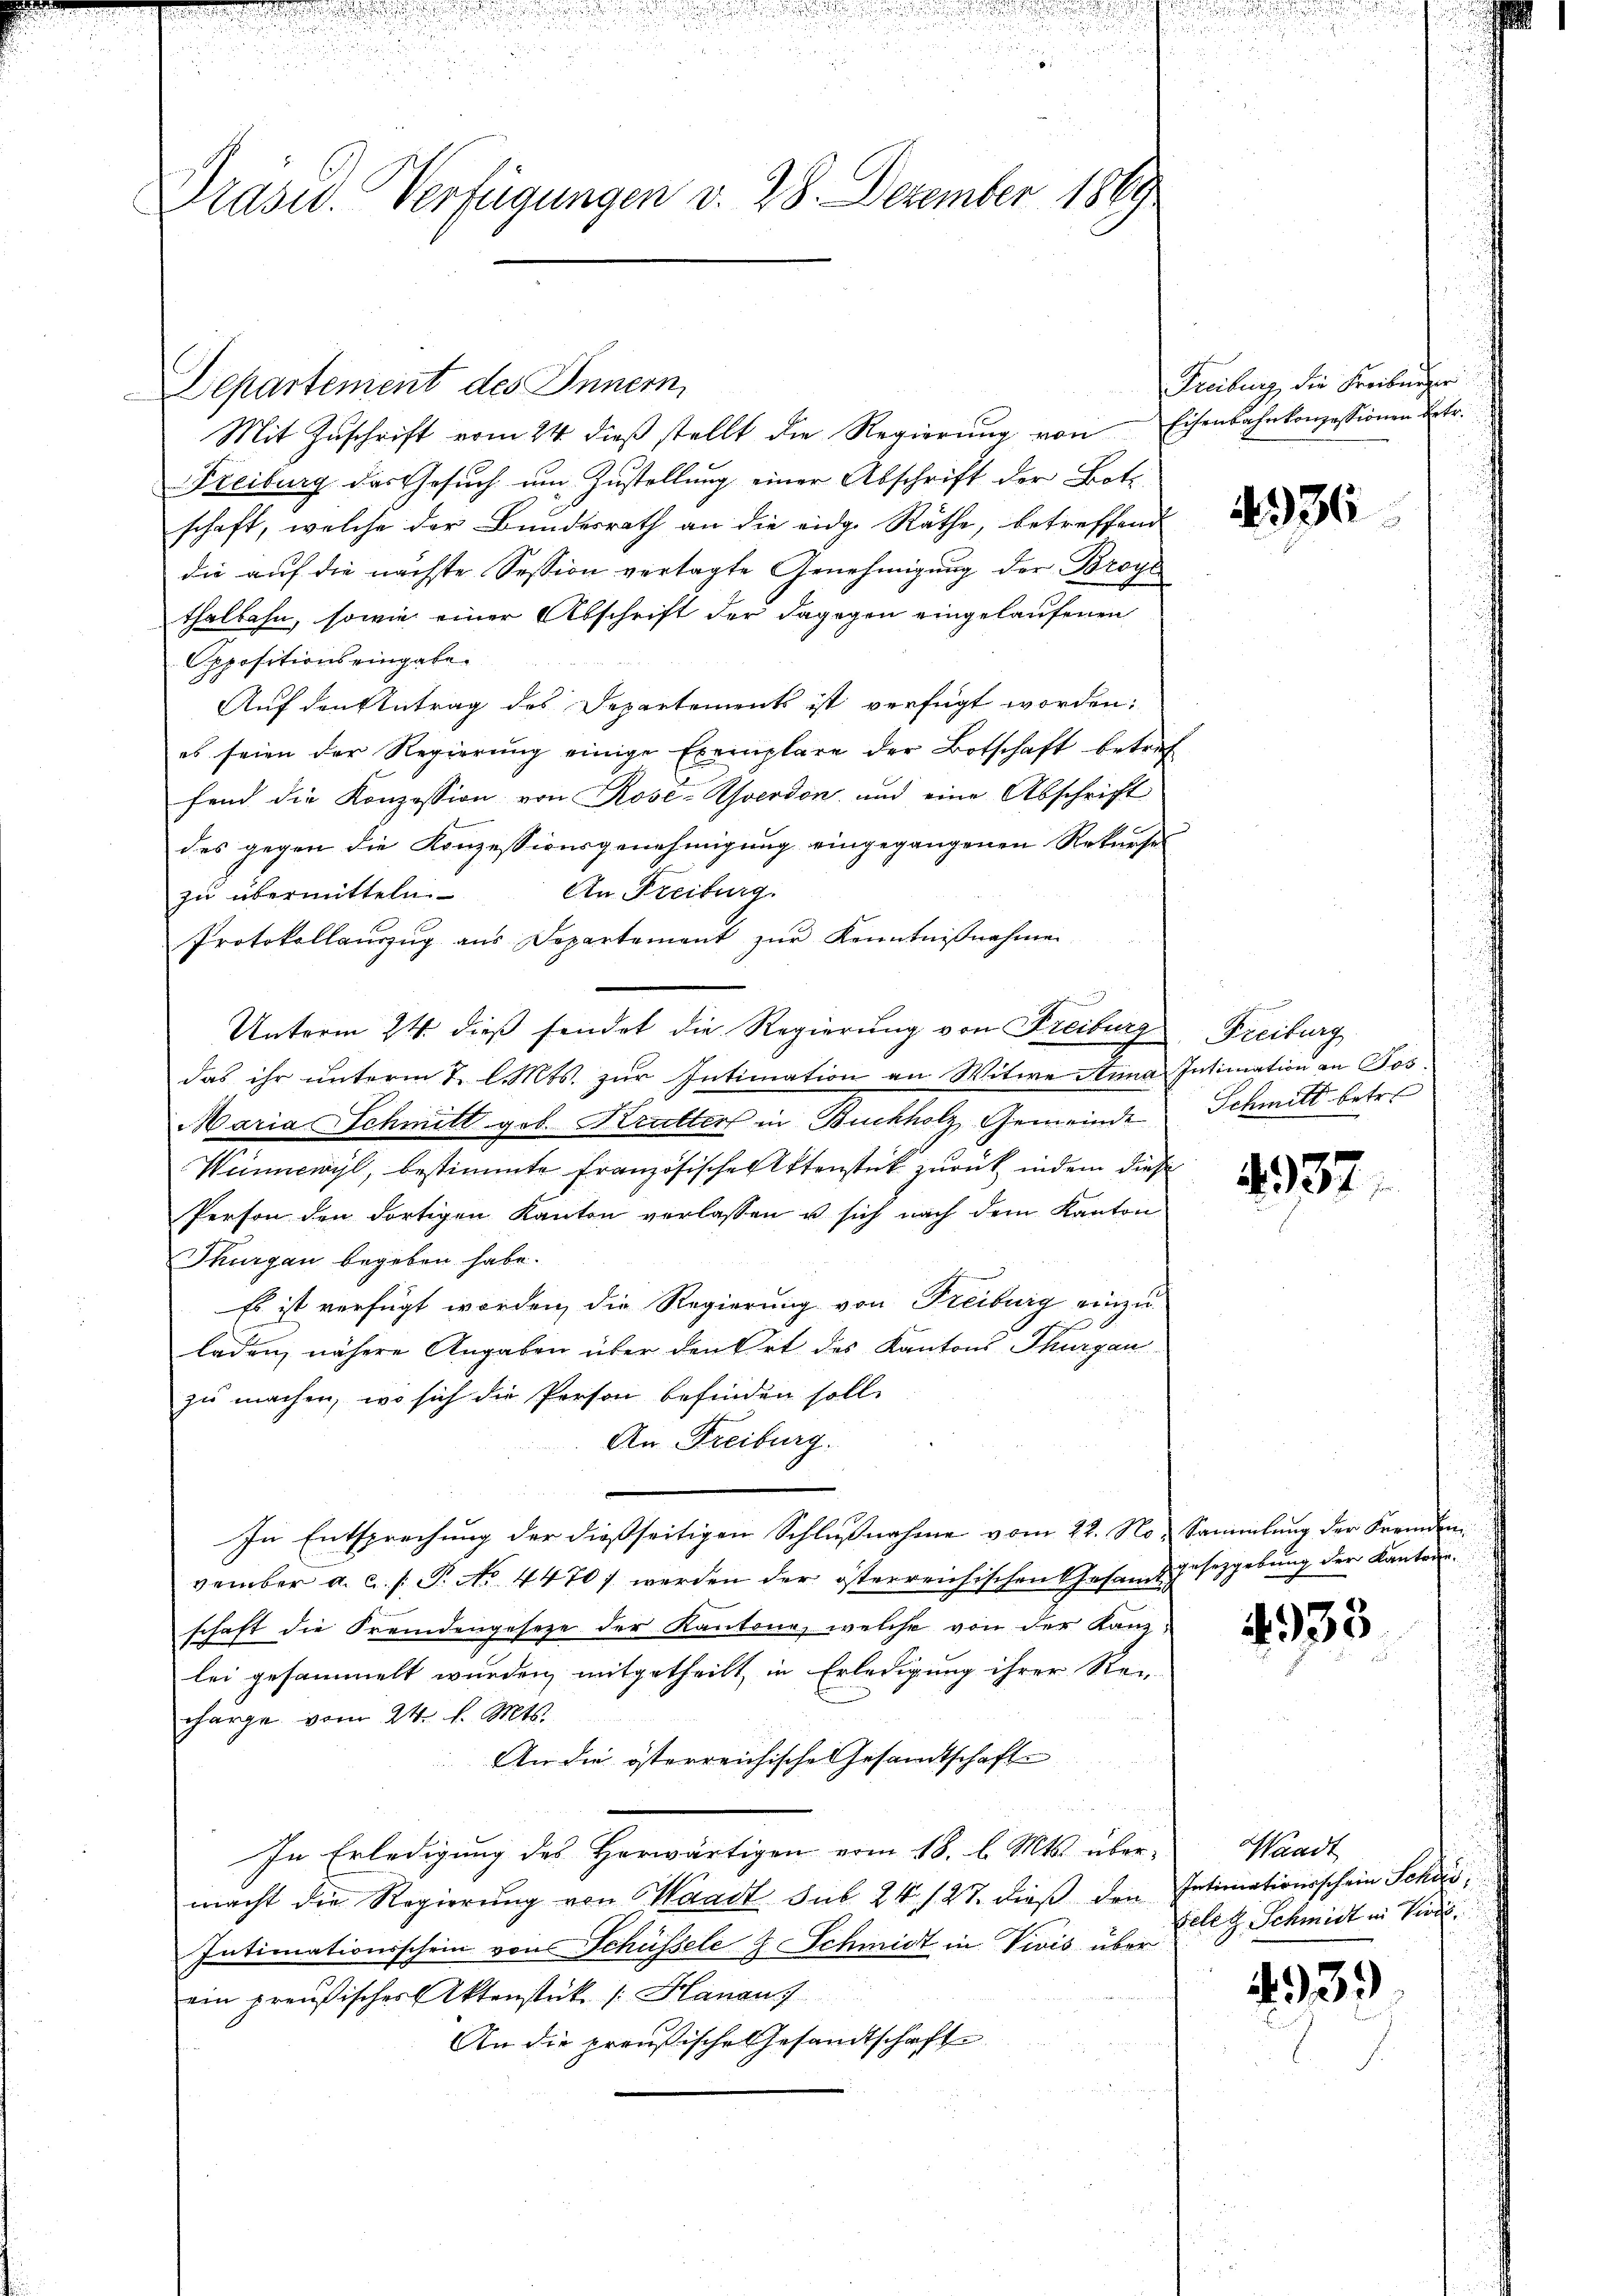
Präsid. Verfügungen v. 28. Dezember 1869

Departement des Innern,
Freiburg des Gesuch um Zustellung einer Abschrift der Bote
schaft, welche der Bundesrath an die eidg. Räthe, betreffend
die auf die nächste Session vertagte Genehmigung der Broche
thalbahn, sowie einer Abschrift der dagegen eingelaufenen
Oppositions eingabe.
Auf den Antrag des Departements ist verfügt worden:
es seien der Regierung einige Exemplare der Botschaft betref
fend die Konzession von Rose-Yverdon und eine Abschrift
des gegen die Konzessionsgenehmigung eingegangenen Rekurse
An Freiburg.
zu übermitteln.
Protokollauszug aus Departement zŭr Kenntniβnahme
Unterm 24. dieß sendet die Regierung von Freiburg Freiburg
das ihr unterm 7. d. Mts. zur Intimation an Witwe Anna Intimation an Jos.
Maria Schmitt geb. Kratter in Buchholz, Gemeinde
Weinnewyl, bestimmte französische Aktenstück zurück, indem diese
Person den dortigen Kanton verlassen u sich nach dem Kanton
Thurgau begeben habe.
Es ist verfügt worden, die Regierung von Freiburg einzuladen, nähere Angaben über den Ort des Kantons Thurgau
zu machen, wo sich die Person befinden solle
An Freiburg.
In Entsprechung der dießseitigen Schlußnahme vom 22. No. Sammlung der Fremden
vember a. c. s. T. No. 4470; werden der österreichischen Gesamtgesetzgebung der Kantone.
schaft die Fremdengesetze der Kantone, welche von der Kanzlei gesammelt wurden, mitgetheilt, in Erledigung ihrer Rei-
charge vom 24. d. Mts.
An die österreichische Gesandtschaft
In Erledigung des Horwärtigen vom 18. d. Mts. über-
macht die Regierung von Waadt sub 24. 127. dieß den Intimationsschein Schors¬
Intimationsschein von Schüssele J. Schmidt in Vivis über
ein preußischer Aktenstück (Hanauf
An die preußische Gesandtschafte

Mit Zŭschrift vom 24. dieβ stellt die Regierŭng von Eisenbahnkonzessionen betr.

Freibung, die Freiburger

4936

Schmitt betr.

4937

4935

Waadt
Felet Schmidt in Piode.

.93)